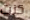
كنت